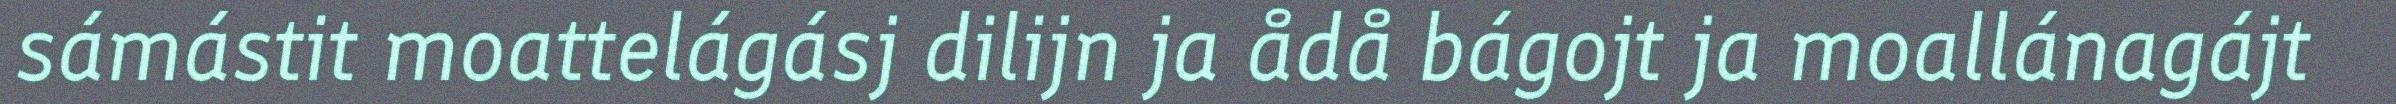
sámástit moattelágásj dilijn ja ådå bágojt ja moallánagájt